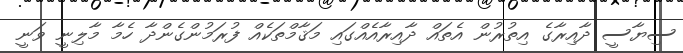
ސިޔާސީ ދާއިރާގެ އިތުރުން އެތައް ދާއިރާއެއްގައި މަޤާމްތަކެއް ފުރަމުންގެންދާ ހެމާ މާލިނީ ވަނީ